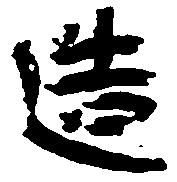
造